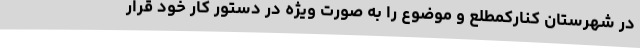
در شهرستان کنارکمطلع و موضوع را به صورت ویژه در دستور کار خود قرار